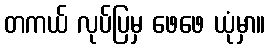
တကယ် လုပ်ပြမှ ဖေဖေ ယုံမှာ။